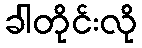
ခါတိုင်းလို